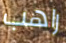
راهب